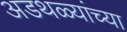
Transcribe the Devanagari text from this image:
अडथळ्यांच्या